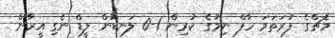
މެޗްގެ ފުރަތަމަ ހާފް ނިމުގެ ކުރިން 1-0 ލަނޑުން ލީޑް ނެގި އީރާން